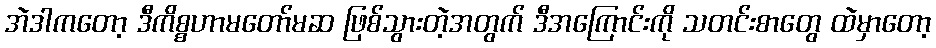
အဲဒါကတော့ ဒီကိစ္စဟာမတော်မဆ ဖြစ်သွားတဲ့အတွက် ဒီအကြောင်းကို သတင်းစာတွေ ထဲမှာတော့